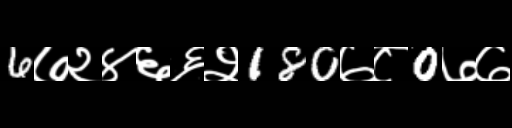
Text: 6७२४६६२180७८0७७